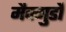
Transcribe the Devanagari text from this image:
मैक्मुर्डो